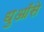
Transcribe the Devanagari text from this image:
धुआँसे